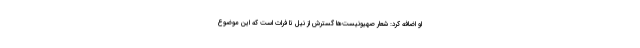
او اضافه کرد: شعار صهیونیست‌ها گسترش از نیل تا فرات است که این موضوع